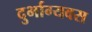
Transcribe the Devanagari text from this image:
दुर्भाग्यवस